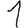
Digit: 1